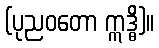
(ပုညဝတော ဣဒ္ဓိ)။